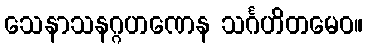
သေနာသနဂ္ဂဟဏေန သင်္ဂဟိတမေဝ။